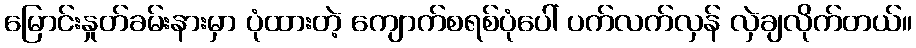
မြောင်းနှုတ်ခမ်းနားမှာ ပုံထားတဲ့ ကျောက်စရစ်ပုံပေါ် ပက်လက်လှန် လှဲချလိုက်တယ်။